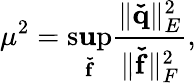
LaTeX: \mu^{2}=\operatorname*{s\mathbf{u}p}_{\mathbf{{\check{{f}}}}}\frac{{\| \mathbf{{\check{{q}}}}\| _{E}^{2}}}{{\| \mathbf{{\check{{f}}}}\| _{F}^{2}}},